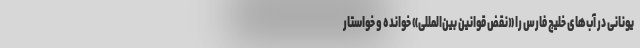
یونانی در آب‌های خلیج فارس را «نقض قوانین بین‌المللی» خوانده و خواستار